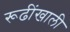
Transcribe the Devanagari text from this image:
रूढींखाली